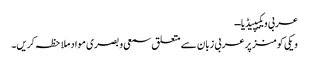
عربی ویکیپیڈیا ــ
ویکی کومنز پر عربی زبان سے متعلق سمعی و بصری مواد ملاحظہ کریں۔